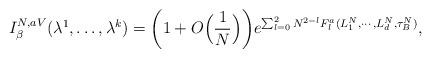
LaTeX: \begin{align*}I^{N,aV}_{\beta}(\lambda^1,\ldots, \lambda^k) =\biggl(1+O\Bigl(\frac{1}{N}\Bigr)\biggr)e^{ \sum_{l=0}^2 N^{2-l} F_l^{a}(L^N_1,\cdots, L^{N}_d,\tau^N_B) },\end{align*}